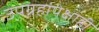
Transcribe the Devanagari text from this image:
उपग्रहांपेक्षाही